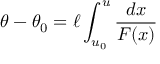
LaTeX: \theta - \theta _ { 0 } = \ell \int _ { u _ { 0 } } ^ { u } \frac { d x } { F ( x ) }